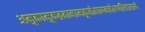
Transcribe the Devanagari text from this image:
अमुकामुकव्रतानामकृतोद्यापनदोषपरिहारार्थ